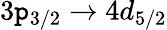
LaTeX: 3\mathtt{p}_{3/2}\rightarrow4d_{5/2}